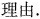
理由.